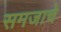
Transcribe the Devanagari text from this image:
समजाचे